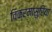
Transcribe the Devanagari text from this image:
विक्रमासुरिया